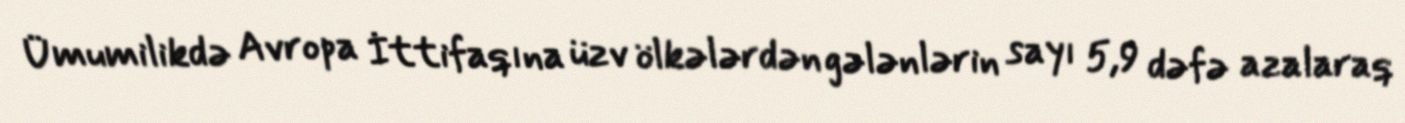
Ümumilikdə Avropa İttifaqına üzv ölkələrdən gələnlərin sayı 5,9 dəfə azalaraq